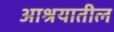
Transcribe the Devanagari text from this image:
आश्रयातील